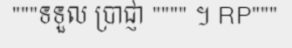
"""ទទួល ប្រាជ្ញា """" ។ RP"""